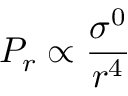
P _ { r } \propto \frac { \sigma ^ { 0 } } { r ^ { 4 } }